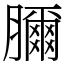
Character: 𦢈